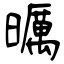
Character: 曞